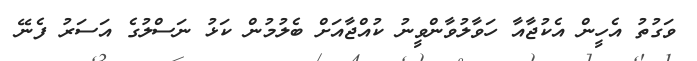
ވަގުތު އެހީން އެކުޖާއާ ހަވާލުވާންވީނު ކުއްޖާއަށް ބެލުމުން ކަޅު ނަސްލުގެ އަސަރު ފެނޭ